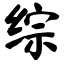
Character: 综